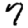
Digit: 7